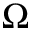
\Omega